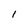
Character: 1